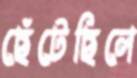
ছেঁটেছিলে